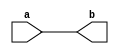
`timescale 1ns / 1ps

module check(a,b);
input a;
output reg b;
always @(a)
begin
b <= a; 
end
endmodule